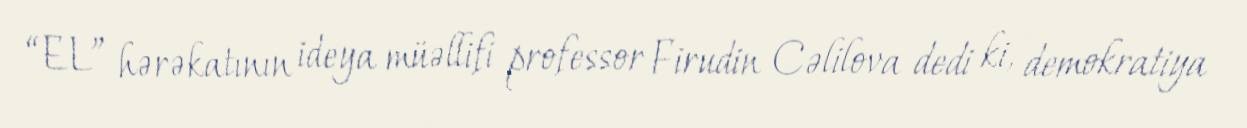
“EL” hərəkatının ideya müəllifi professor Firudin Cəlilova dedi ki, demokratiya